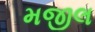
મજીલ